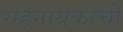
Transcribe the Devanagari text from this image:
सहनायकाची